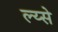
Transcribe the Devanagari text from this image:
ल्य्से